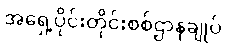
အရှေ့ပိုင်းတိုင်းစစ်ဌာနချုပ်